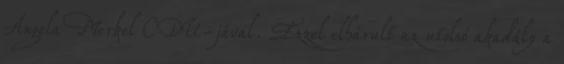
Angela Merkel CDU-jával. Ezzel elhárult az utolsó akadály a